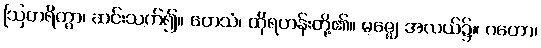
ဩတရိတွာ၊ ဆင်းသက်၍။ တေသံ၊ ထိုရဟန်းတို့၏။ မဇ္ဈေ၊ အလယ်၌။ ဂတော၊